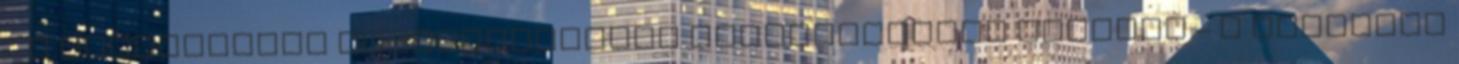
– a Felhasználó számítógépének beállításától függően – a böngésző